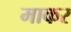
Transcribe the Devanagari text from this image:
माकर